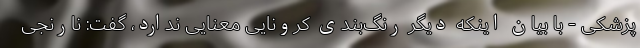
پزشکی - با بیان اینکه دیگر رنگ‌بندی کرونایی معنایی ندارد، گفت: نارنجی